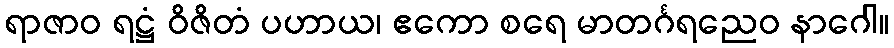
ရာဇာဝ ရဋ္ဌံ ဝိဇိတံ ပဟာယ၊ ဧကော စရေ မာတင်္ဂရညေဝ နာဂေါ။